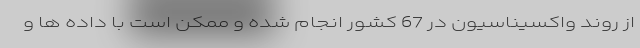
از روند واکسیناسیون در 67 کشور انجام شده و ممکن است با داده ها و